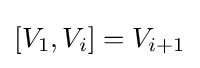
[V_{1},V_{i}]=V_{i+1}